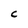
Character: C